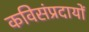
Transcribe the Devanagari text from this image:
कविसंप्रदायों